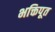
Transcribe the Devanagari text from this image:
भक्तिपूत